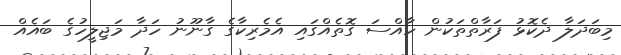
މިބަދަލާ ދެކޮޅު ފަރާތްތަކުން ހާއްސަ ގޮތެއްގައި އެމެރިކާގެ ގާނޫނު ހަދާ މަޖިލީހުގެ ބައެއް